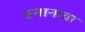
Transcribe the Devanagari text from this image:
स्नानाचा